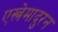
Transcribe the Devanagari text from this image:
एस्त्रेमादुरन